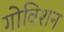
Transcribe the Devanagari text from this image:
गोविशन